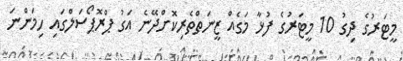
މީޓަރުގެ ދިގު 10 މީޓަރުގެ ފުޅާ މަގެއް ޒީނަތްތެރިކޮށްދޭނެ އަގު ޕްރޮޕޯސަލްގައި ހިމަންނަ